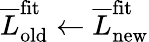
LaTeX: \overline{{L}}_{\mathrm{old}}^{\mathrm{fit}}\leftarrow\overline{{L}}_{\mathrm{new}}^{\mathrm{fit}}